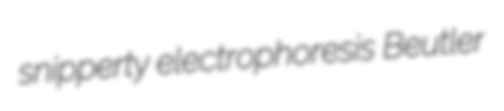
snipperty electrophoresis Beutler